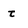
Character: t